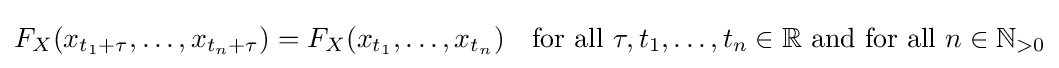
F_{X}(x_{t_{1}+\tau },\ldots ,x_{t_{n}+\tau })=F_{X}(x_{t_{1}},\ldots ,x_{t_{n}})\quad {\text{for all }}\tau ,t_{1},\ldots ,t_{n}\in \mathbb {R} {\text{ and for all }}n\in \mathbb {N} _{>0}